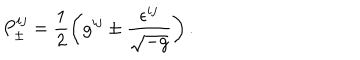
LaTeX: P _ { \pm } ^ { i j } = \frac 1 2 \left( g ^ { i j } \pm \frac { \epsilon ^ { i j } } { \sqrt { - g } } \right) .